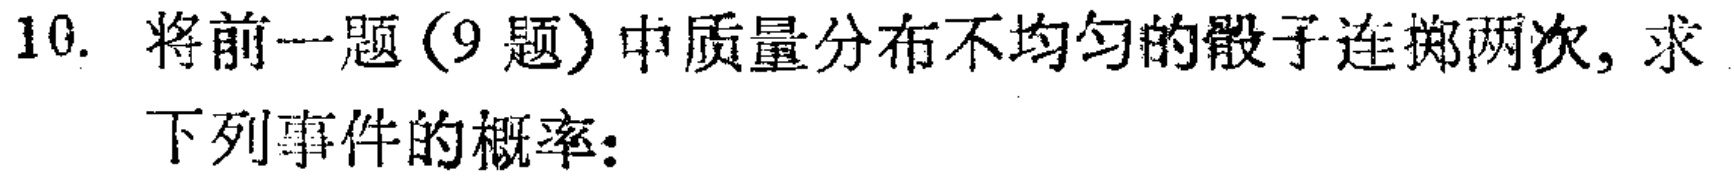
10. 将前一题（9 题）中质量分布不均匀的骰子连掷两次, 求

下列事件的概率: